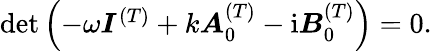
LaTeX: \begin{array}{r}{\mathrm{det}\left(-\omega\boldsymbol{I}^{(T)}+k\boldsymbol{A}_{0}^{(T)}-{\mathrm{i}}\boldsymbol{B}_{0}^{(T)}\right)=0.}\end{array}